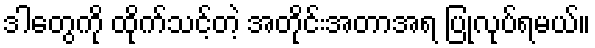
ဒါတွေကို ထိုက်သင့်တဲ့ အတိုင်းအတာအရ ပြုလုပ်ရမယ်။